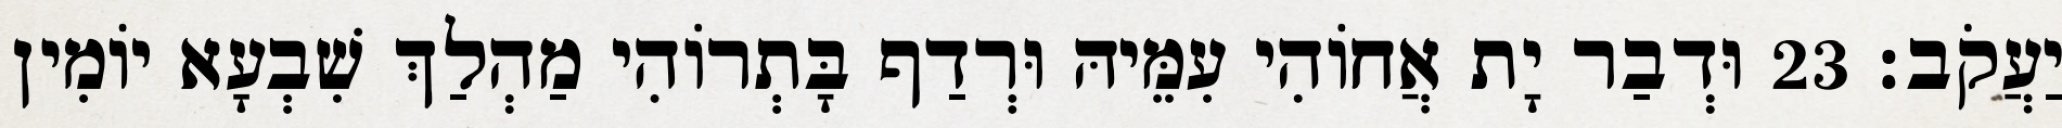
יַעֲקֹב׃ 23 וּדְבַר יָת אֲחוֹהִי עִמֵּיהּ וּרְדַף בָּתְרוֹהִי מַהְלַךְ שִׁבְעָא יוֹמִין